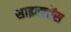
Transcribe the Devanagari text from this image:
साइक्लोंस